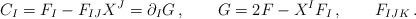
LaTeX: \begin{align*}C_I=F_I-F_{IJ}X^J=\partial_IG\,, \qquad G=2F-X^IF_I\, ,\qquad F_{IJK} \,.\end{align*}